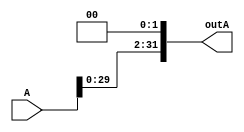
module SLL2bit(outA,A);
    input[31:0] A;
    output[31:0] outA;

    genvar c;
    generate 
        for (c=0; c < 2; c=c+1) begin: loop1
            assign outA[c] = 1'b0;
        end 
        for (c=2;c < 32;c=c+1) begin: loop2
            assign outA[c] = A[c-2];
        end
    endgenerate
endmodule